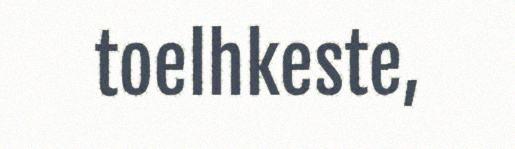
toelhkeste,